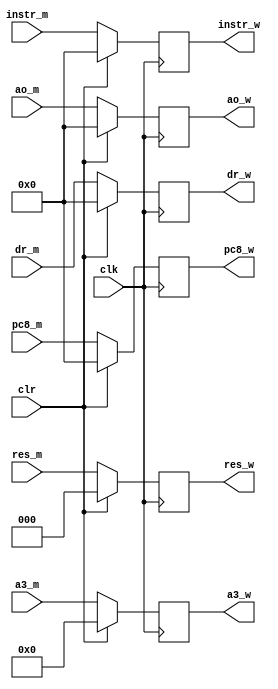
`timescale 1ns / 1ps

module Wpipe(clk,clr,
res_m,instr_m,a3_m,ao_m,dr_m,pc8_m,
res_w,instr_w,a3_w,ao_w,dr_w,pc8_w);
input clk,clr;
input [2:0] res_m;
input [4:0] a3_m;
input [31:0] instr_m,ao_m,dr_m,pc8_m;
output reg[2:0] res_w;
output reg[4:0] a3_w;
output reg[31:0] instr_w,ao_w,dr_w,pc8_w;

/*initial begin
	res_w<=0;
	a3_w<=0;
	instr_w<=0;ao_w<=0;dr_w<=0;pc8_w<=0;
end
*/
always @(posedge clk)
begin
	if(clr)
		begin
			res_w<=0;
			a3_w<=0;
			instr_w<=0;ao_w<=0;dr_w<=0;pc8_w<=0;
		end
	else
		begin
			res_w<=res_m;
			a3_w<=a3_m;
			instr_w<=instr_m;ao_w<=ao_m;dr_w<=dr_m;pc8_w<=pc8_m;
		end
end

endmodule